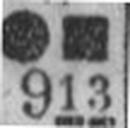
913